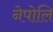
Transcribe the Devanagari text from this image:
नेपोलि